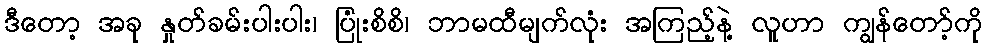
ဒီတော့ အခု နှုတ်ခမ်းပါးပါး၊ ပြုံးစိစိ၊ ဘာမထီမျက်လုံး အကြည့်နဲ့ လူဟာ ကျွန်တော့်ကို